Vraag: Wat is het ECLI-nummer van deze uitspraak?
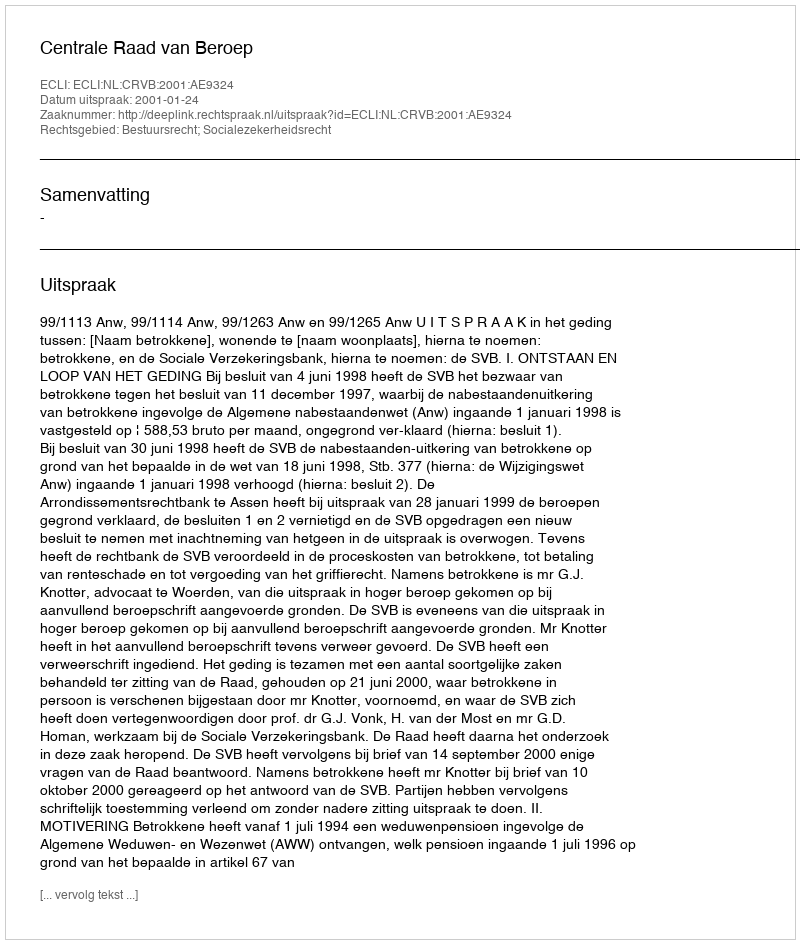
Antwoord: ECLI:NL:CRVB:2001:AE9324